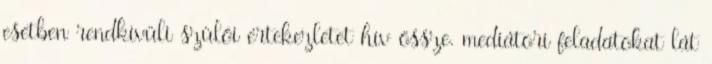
esetben rendkívüli szülői értekezletet hív össze. mediátori feladatokat lát